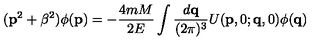
( { \bf p } ^ { 2 } + \beta ^ { 2 } ) \phi ( { \bf p } ) = - \frac { 4 m M } { 2 E } \int \frac { d { \bf q } } { ( 2 \pi ) ^ { 3 } } U ( { \bf p } , 0 ; { \bf q } , 0 ) \phi ( { \bf q } )